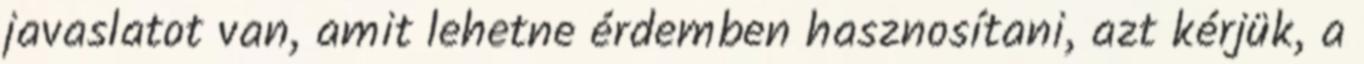
javaslatot van, amit lehetne érdemben hasznosítani, azt kérjük, a